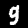
Label: 9